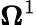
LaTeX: \mathbf{\Omega}^{1}